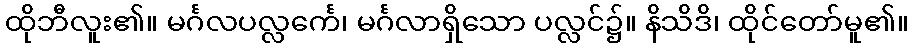
ထိုဘီလူး၏။ မင်္ဂလပလ္လင်္ကေ၊ မင်္ဂလာရှိသော ပလ္လင်၌။ နိသိဒိ၊ ထိုင်တော်မူ၏။